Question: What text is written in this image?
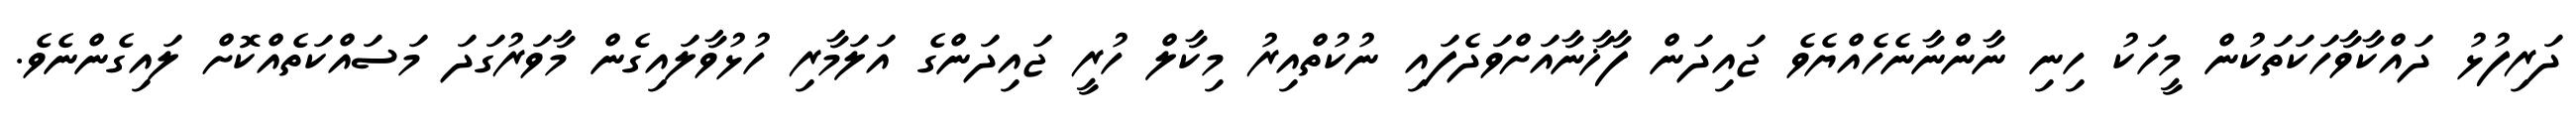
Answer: ދަރިފުޅު ދައްކާވާހަކަތަކުން މީހަކު ހިނި ނާންނާނެހެއްޔެވެ ޖައިދަން ފާޚާނާއަށްވަދެފައި ނުކުތްއިރު މިކާލް ހުރީ ޖައިދަންގެ އަލަމާރި ހުޅުވާލައިގެން މާވަރުގަދަ މަސައްކަތެއްކޮށް ލައިގެންނެވެ.